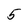
Character: 5